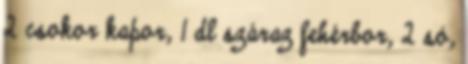
2 csokor kapor, 1 dl száraz fehérbor, 2 só,